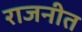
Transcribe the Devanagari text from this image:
राजनीत